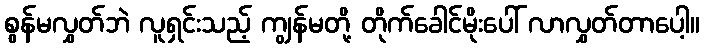
စွန်မလွှတ်ဘဲ လူရှင်းသည့် ကျွန်မတို့ တိုက်ခေါင်မိုးပေါ် လာလွှတ်တာပေါ့။